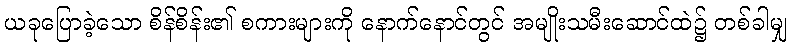
ယခုပြောခဲ့သော စိန်စိန်း၏ စကားများကို နောက်နောင်တွင် အမျိုးသမီးဆောင်ထဲ၌ တစ်ခါမျှ